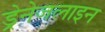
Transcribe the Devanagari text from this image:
ड्रेनेजलाइन